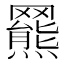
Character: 𦌲